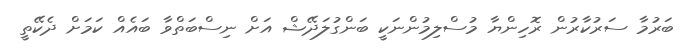
ބަރުމާ ސަރުކާރުން ރޮހިންޔާ މުސްލިމުންނަކީ ބަންގުލަދޭޝް އަށް ނިސްބަތްވާ ބައެއް ކަމަށް ދެކޭތީ